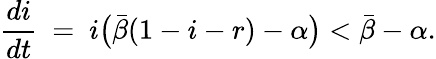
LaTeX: \frac{di}{dt}\ =\ i\big(\bar{\beta}(1-i-r)-\alpha\big)<\bar{\beta}-\alpha.